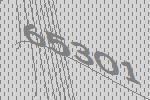
65301